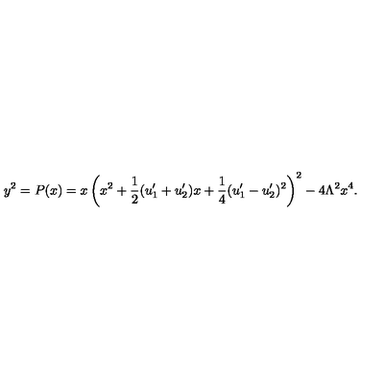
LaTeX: y ^ { 2 } = P ( x ) = x \left( x ^ { 2 } + \frac { 1 } { 2 } ( u _ { 1 } ^ { \prime } + u _ { 2 } ^ { \prime } ) x + \frac { 1 } { 4 } ( u _ { 1 } ^ { \prime } - u _ { 2 } ^ { \prime } ) ^ { 2 } \right) ^ { 2 } - 4 \Lambda ^ { 2 } x ^ { 4 } .